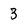
Character: 3